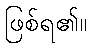
ဖြစ်ရ၏။